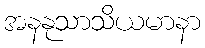
အနနုသာသိယမာနာ